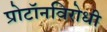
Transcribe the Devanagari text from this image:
प्रोटॉनविरोधी